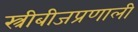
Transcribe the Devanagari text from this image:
स्त्रीबीजप्रणाली